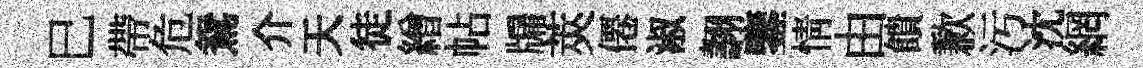
巳帶危鴛介天徒繒帖牖莢僊淑翿鑒情由饋歉汚沈網